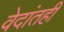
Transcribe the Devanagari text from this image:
वेदांतही